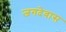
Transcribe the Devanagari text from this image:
जगदेवास